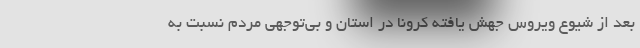
بعد از شیوع ویروس جهش یافته کرونا در استان و بی‌توجهی مردم نسبت به